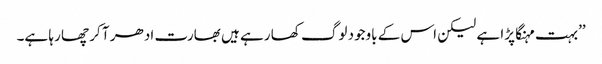
’’بہت مہنگا پڑا ہے لیکن اس کے باوجود لوگ کھا رہے ہیں بھارت ادھر آ کر چھا رہا ہے۔